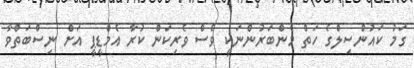
ގަމު ކައުންސިލްގެ ހަތް މެންބަރުންނަކީ ވެސް ވެރިކަން ކުރާ އެމްޑީޕީ އަށް ނިސްބަތްވާ